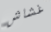
غشاش